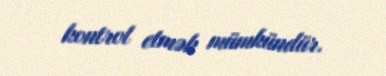
kontrol etmək mümkündür.